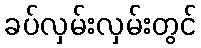
ခပ်လှမ်းလှမ်းတွင်